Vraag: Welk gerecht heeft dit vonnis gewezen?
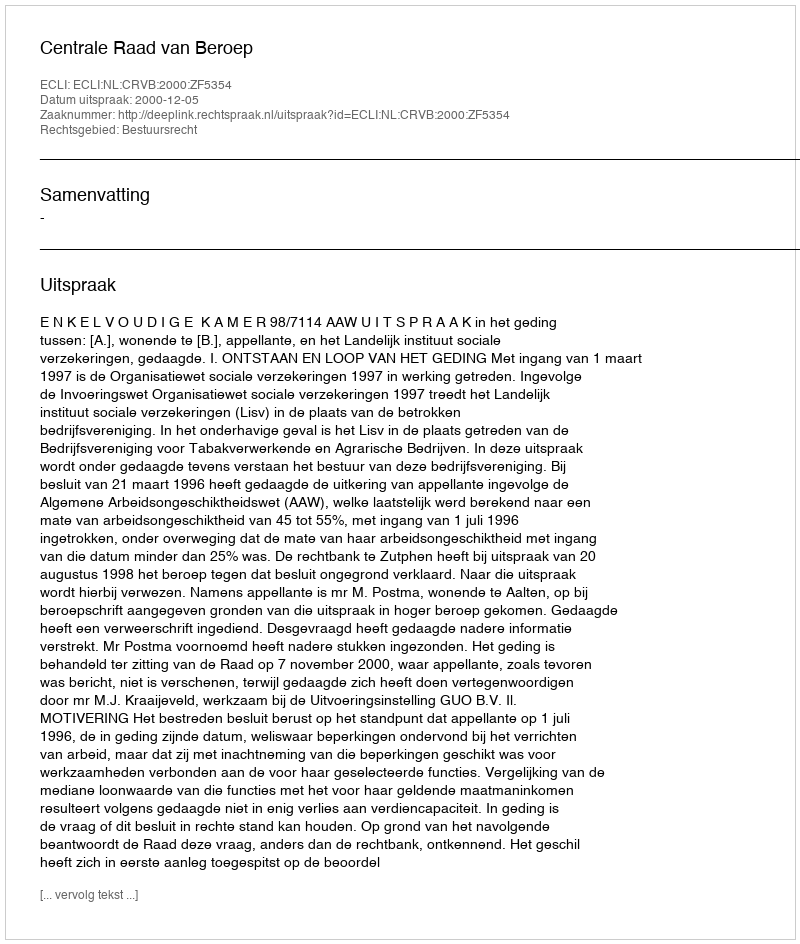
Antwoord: Centrale Raad van Beroep